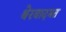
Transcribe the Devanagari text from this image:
थेरवादमत